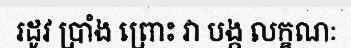
រដូវ ប្រាំង ព្រោះ វា បង្ក លក្ខណៈ